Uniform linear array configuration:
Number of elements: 64
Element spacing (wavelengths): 0.25
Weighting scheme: binomial
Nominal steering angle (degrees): -45
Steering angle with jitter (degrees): -44.13
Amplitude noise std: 0.05
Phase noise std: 0.05

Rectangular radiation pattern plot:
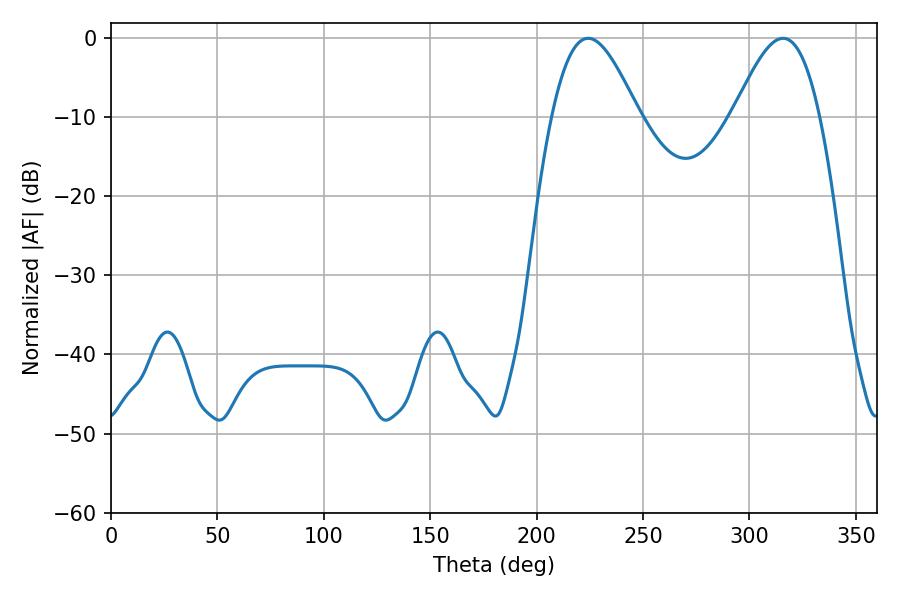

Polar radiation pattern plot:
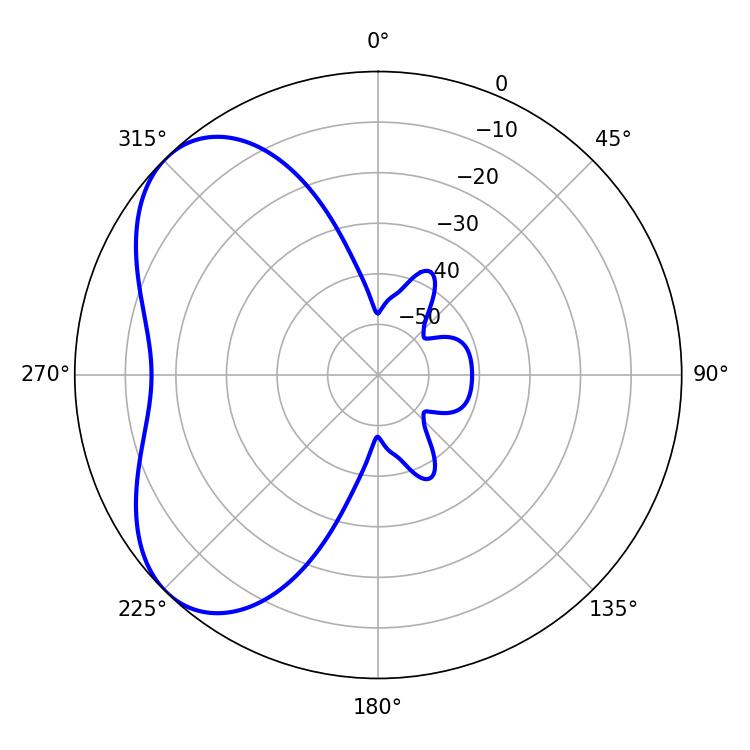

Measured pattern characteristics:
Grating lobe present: FALSE
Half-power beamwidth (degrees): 21.78
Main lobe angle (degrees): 224.28